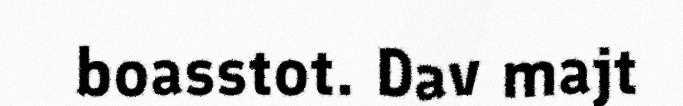
boasstot. Dav majt